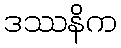
ဒဿနိက